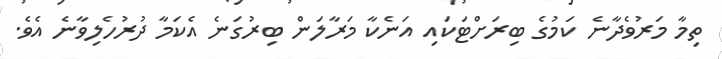
ތިމާ މަރުވެދާނެ ކަމުގެ ބިރަށްޓަކައި އަނެކާ މަރާލަން ބިރުގަނެ އެކަމާ ދުރުހެލިވާނެ އެވެ.